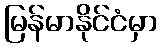
မြန်မာနိုင်ငံမှာ